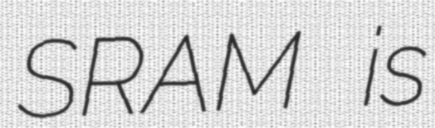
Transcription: SRAM is